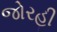
જોરહી